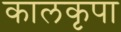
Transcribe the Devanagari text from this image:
कालकृपा